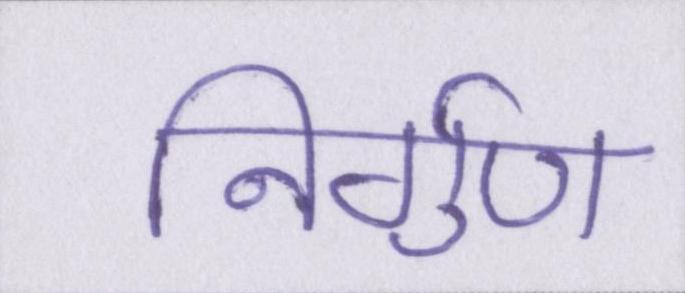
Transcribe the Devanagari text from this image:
निर्गुण